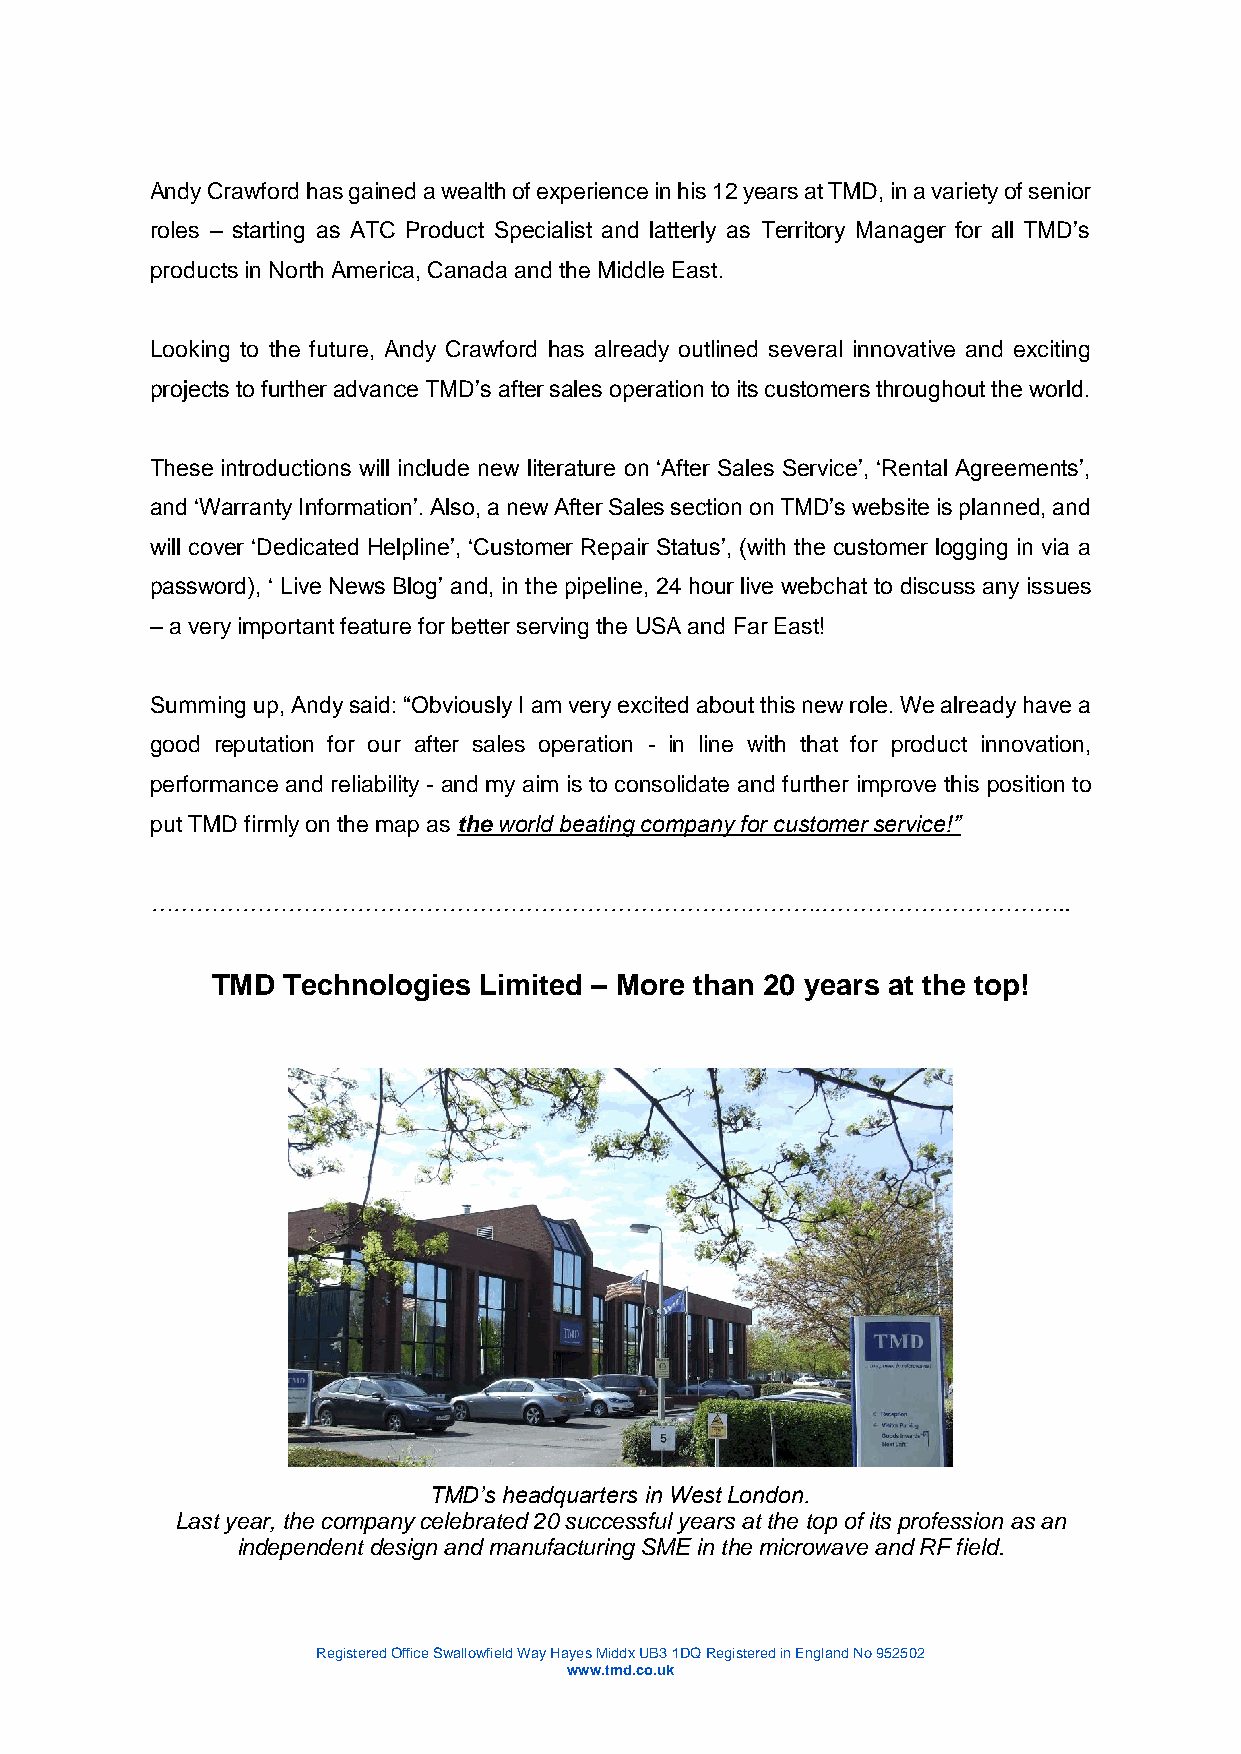
Andy Crawford has gained a wealth of experience in his 12 years at TMD, in a variety of senior
 roles – starting as ATC Product Specialist and latterly as Territory Manager for all TMD’s
 products in North America, Canada and the Middle East.
 Looking to the future, Andy Crawford has already outlined several innovative and exciting
 projects to further advance TMD’s after sales operation to its customers throughout the world.
 These introductions will include new literature on ‘After Sales Service’, ‘Rental Agreements’,
 and ‘Warranty Information’. Also, a new After Sales section on TMD’s website is planned, and
 will cover ‘Dedicated Helpline’, ‘Customer Repair Status’, (with the customer logging in via a
 password), ‘ Live News Blog’ and, in the pipeline, 24 hour live webchat to discuss any issues
 – a very important feature for better serving the USA and Far East!
 Summing up, Andy said: “Obviously I am very excited about this new role. We already have a
 good reputation for our after sales operation - in line with that for product innovation,
 performance and reliability - and my aim is to consolidate and further improve this position to
 put TMD firmly on the map as the world beating company for customer service!”
 ……………………………………………………………………………..…………………………..
 TMD  Technologies Limited – More than 20 years at the top!
 TMD’s headquarters in West London.
 Last year, the company celebrated 20 successful years at the top of its profession as an
 independent design and manufacturing SME in the microwave and RF field.
 Registered Office Swallowfield Way Hayes Middx UB3 1DQ Registered in England No 952502
 www.tmd.co.uk